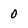
Character: 0